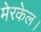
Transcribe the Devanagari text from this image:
मेरकेल।